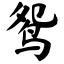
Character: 鸳